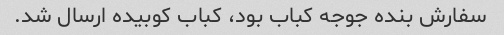
سفارش بنده جوجه کباب بود، کباب کوبیده ارسال شد.